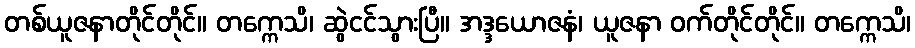
တစ်ယူဇနာတိုင်တိုင်။ တက္ကေသိ၊ ဆွဲငင်သွားပြီ။ အဒ္ဒယောဇနံ၊ ယူဇနာ ဝက်တိုင်တိုင်။ တက္ကေသိ၊